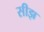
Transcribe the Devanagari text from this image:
सीझ